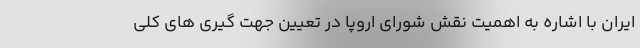
ایران با اشاره به اهمیت نقش شورای اروپا در تعیین جهت گیری های کلی